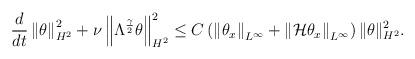
LaTeX: \begin{align*} \frac{d}{dt} \left\| \theta \right\|^{2}_{H^{2}} +\nu\left\|\Lambda^{\frac{\gamma}{2}}\theta\right\|^{2}_{H^{2}} \leq C\left(\left\|\theta_{x}\right\|_{L^{\infty}} + \left\|\mathcal{H}\theta_{x}\right\|_{L^{\infty}} \right) \|\theta\|^{2}_{H^{2}}. \end{align*}